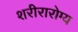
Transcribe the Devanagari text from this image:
शरीरारोग्य